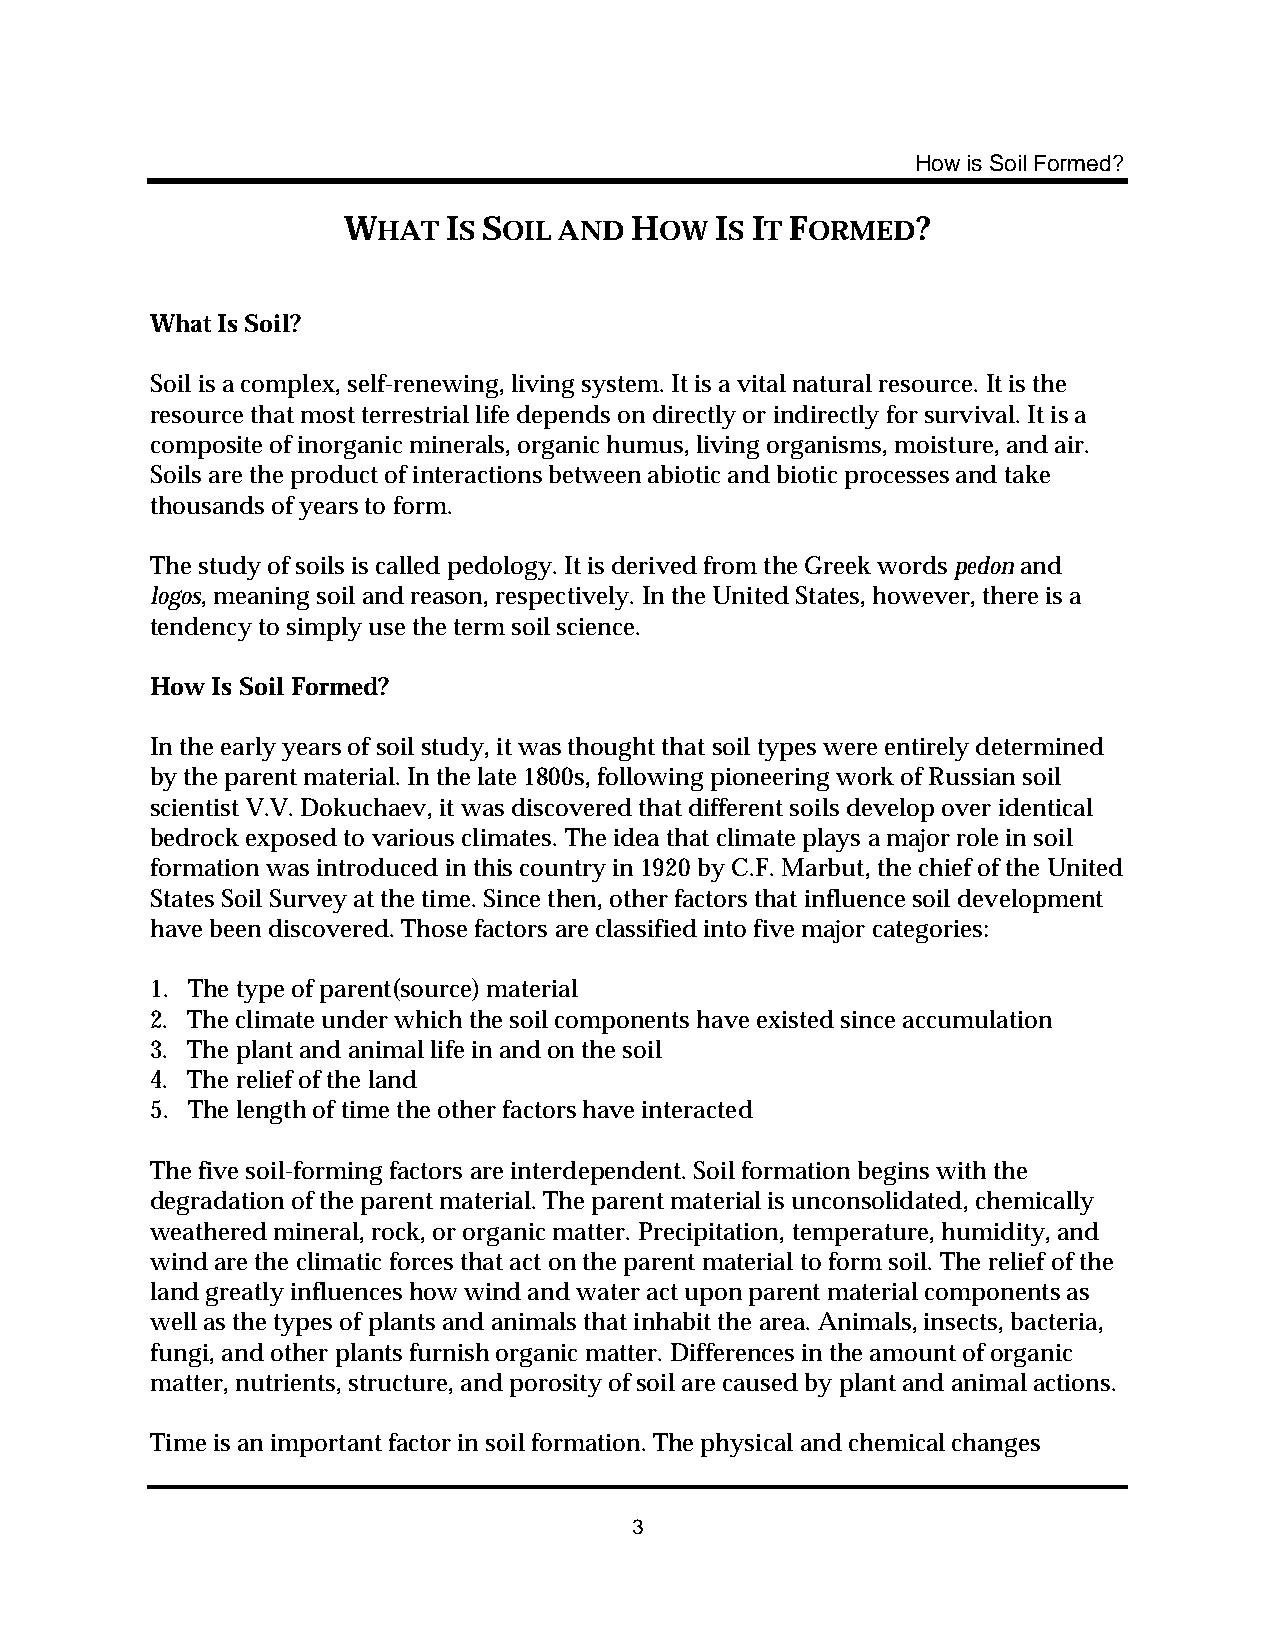
How is Soil Formed?
 WHAT   IS SOIL AND HOW  IS IT FORMED?
 What Is Soil?
 Soil is a complex, self-renewing, living system. It is a vital natural resource. It is the
 resource that most terrestrial life depends on directly or indirectly for survival. It is a
 composite of inorganic minerals, organic humus, living organisms, moisture, and air.
 Soils are the product of interactions between abiotic and biotic processes and take
 thousands of years to form.
 The study of soils is called pedology. It is derived from the Greek words pedon and
 logos, meaning soil and reason, respectively. In the United States, however, there is a
 tendency to simply use the term soil science.
 How Is Soil Formed?
 In the early years of soil study, it was thought that soil types were entirely determined
 by the parent material. In the late 1800s, following pioneering work of Russian soil
 scientist V.V. Dokuchaev, it was discovered that different soils develop over identical
 bedrock exposed to various climates. The idea that climate plays a major role in soil
 formation was introduced in this country in 1920 by C.F. Marbut, the chief of the United
 States Soil Survey at the time. Since then, other factors that influence soil development
 have been discovered. Those factors are classified into five major categories:
 1. The type of parent(source) material
 2. The climate under which the soil components have existed since accumulation
 3. The plant and animal life in and on the soil
 4. The relief of the land
 5. The length of time the other factors have interacted
 The five soil-forming factors are interdependent. Soil formation begins with the
 degradation of the parent material. The parent material is unconsolidated, chemically
 weathered mineral, rock, or organic matter. Precipitation, temperature, humidity, and
 wind are the climatic forces that act on the parent material to form soil. The relief of the
 land greatly influences how wind and water act upon parent material components as
 well as the types of plants and animals that inhabit the area. Animals, insects, bacteria,
 fungi, and other plants furnish organic matter. Differences in the amount of organic
 matter, nutrients, structure, and porosity of soil are caused by plant and animal actions.
 Time is an important factor in soil formation. The physical and chemical changes
 3